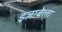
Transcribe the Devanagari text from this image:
इजाबेला